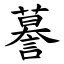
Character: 謩